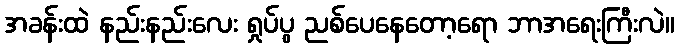
အခန်းထဲ နည်းနည်းလေး ရှုပ်ပွ ညစ်ပေနေတော့ရော ဘာအရေးကြီးလဲ။